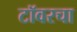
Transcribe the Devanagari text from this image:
टॉवरचा